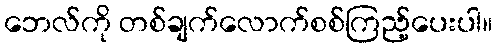
ဘေလ်ကို တစ်ချက်လောက်စစ်ကြည့်ပေးပါ။